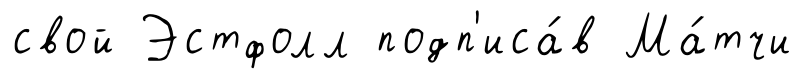
свой Эстфолл подп'иса́в Ма́тчи